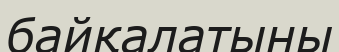
байқалатыны